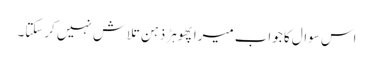
اس سوال کا جواب میرا پھوہڑ ذہن تلاش نہیں کرسکتا۔